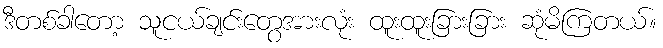
ဒီတစ်ခါတော့ သူငယ်ချင်းတွေအားလုံး ထူးထူးခြားခြား ဆုံမိကြတယ်။